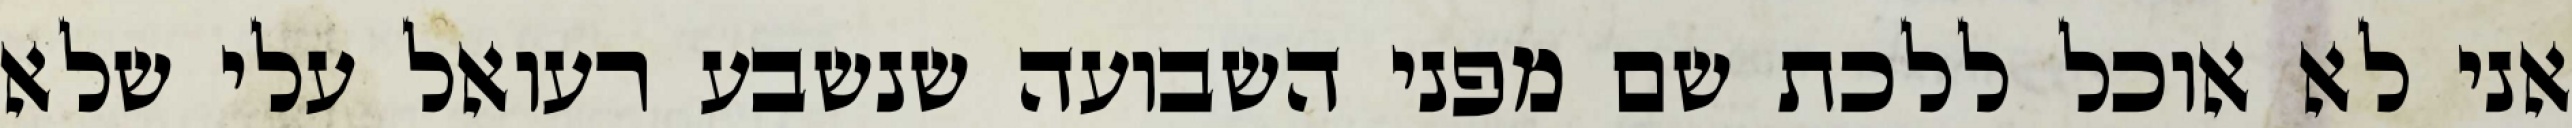
אני לא אוכל ללכת שם מפני השבועה שנשבע רעואל עלי שלא